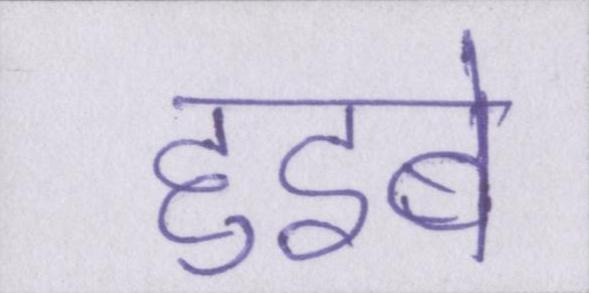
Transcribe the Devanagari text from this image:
हुइबे